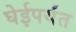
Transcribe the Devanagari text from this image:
घेईपर्यंत